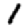
Digit: 1